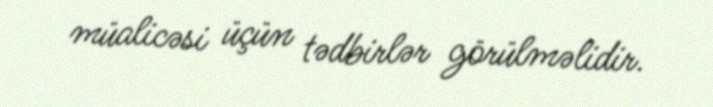
müalicəsi üçün tədbirlər görülməlidir.